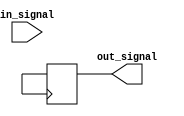
module IO_Block_TTL_Buffer (
    input wire in_signal,
    output reg out_signal
);

reg input_buffer;
reg output_buffer;

// Input buffer
always @ (posedge in_signal)
begin
    // Input buffer logic to ensure signal integrity
    input_buffer <= in_signal;
end

// Output buffer
always @ (posedge output_buffer)
begin
    // Output buffer logic to buffer outgoing signals
    out_signal <= output_buffer;
end

// Additional features such as impedance matching, noise filtering, and signal conditioning can be implemented here

endmodule